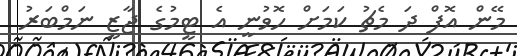
މޭން އޮފް ދަ މެޗު ކަމަށް ހޮވުނީ އެ ޓީމުގެ ޖާޒީ ނަމްބަރު